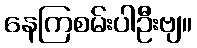
နေကြစမ်းပါဦးဗျ။